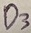
Text: D3